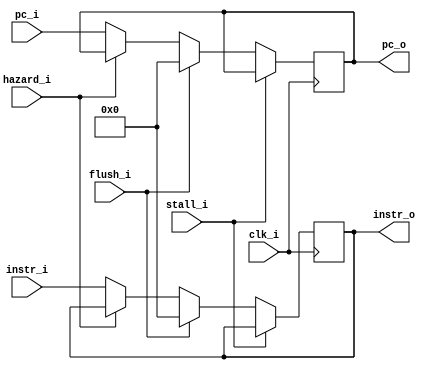
module IF_ID
(
    clk_i,
    flush_i,
    hazard_i,
    pc_i,
    instr_i,
    stall_i,
    pc_o,
    instr_o,
);

input				clk_i;
input				flush_i;
input				hazard_i;
input				stall_i;
input [31:0]		pc_i;
input [31:0]		instr_i;

output reg [31:0]	pc_o = 32'd0;
output reg [31:0]	instr_o = 32'd0;

always@(posedge clk_i) 
begin
    if (stall_i) begin
    end
    else begin
        pc_o	<= flush_i ? 32'b0 : hazard_i ? pc_o	: pc_i;
        instr_o <= flush_i ? 32'b0 : hazard_i ? instr_o : instr_i;
    end
end
endmodule